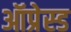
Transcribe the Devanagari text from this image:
ऑप्रेस्ड